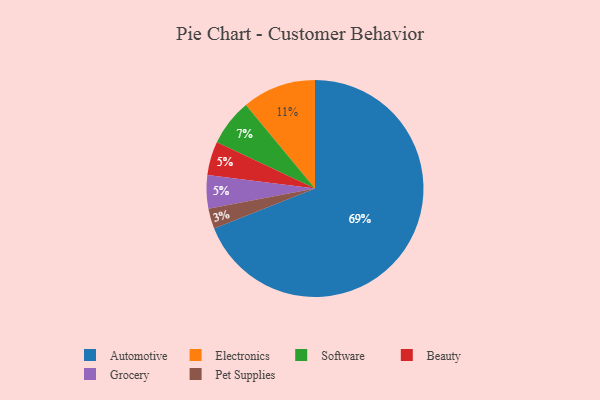
{"axis": {"x": "Category", "y": "Percentage"}, "legend": ["Automotive", "Beauty", "Electronics", "Grocery", "Pet Supplies", "Software"], "data": [{"x": "Electronics", "y": 11, "type": "Electronics"}, {"x": "Automotive", "y": 69, "type": "Automotive"}, {"x": "Beauty", "y": 5, "type": "Beauty"}, {"x": "Software", "y": 7, "type": "Software"}, {"x": "Pet Supplies", "y": 3, "type": "Pet Supplies"}, {"x": "Grocery", "y": 5, "type": "Grocery"}]}